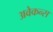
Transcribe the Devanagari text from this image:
अवेकन्स